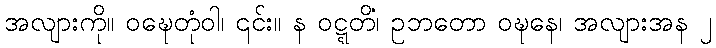
အလျားကို။ ဝဍ္ဎေတုံဝါ၊ ၎င်း။ န ဝဋ္ဋတိ၊ ဥဘတော ဝဍ္ဎနေ၊ အလျားအနံ ၂